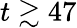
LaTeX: t\gtrsim 47